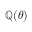
\mathbb { Q } ( \theta )